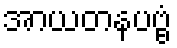
အာယတနပဗ္ဗံ